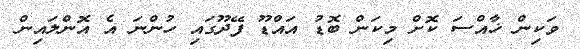
ވަކިން ޚާއްސަ ކޮށް މިކަން ބޮޑު އައްޑޫ ފޭދޫގައި ހުންނަ އެ އޮންލައިން